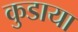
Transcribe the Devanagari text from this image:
कुडाया